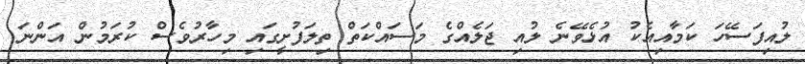
ލުއިފަސޭހަ ކަމާއިއެކު އުޅެވޭނެ ލުއި ޖަލެއްގެ މަސައްކަތް ތިލަފުށީގައި މިހާރުވެސް ކުރަމުން އަންނަ